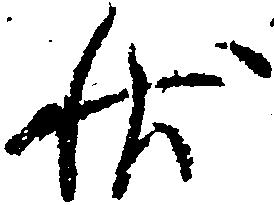
状